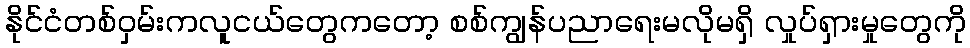
နိုင်ငံတစ်ဝှမ်းကလူငယ်တွေကတော့ စစ်ကျွန်ပညာရေးမလိုမရှိ လှုပ်ရှားမှုတွေကို